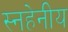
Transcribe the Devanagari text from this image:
स्नहेनीय